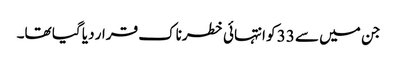
جن میں سے 33 کو انتہائی خطرناک قرار دیا گیا تھا۔